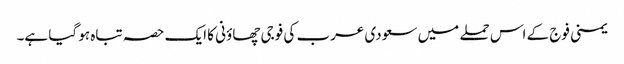
یمنی فوج کے اس حملے میں سعودی عرب کی فوجی چھاؤنی کا ایک حصہ تباہ ہو گیا ہے۔